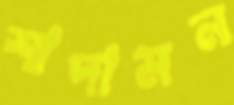
শাদামন